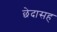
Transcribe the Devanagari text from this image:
छेदासह